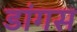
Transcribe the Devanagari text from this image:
डांगस